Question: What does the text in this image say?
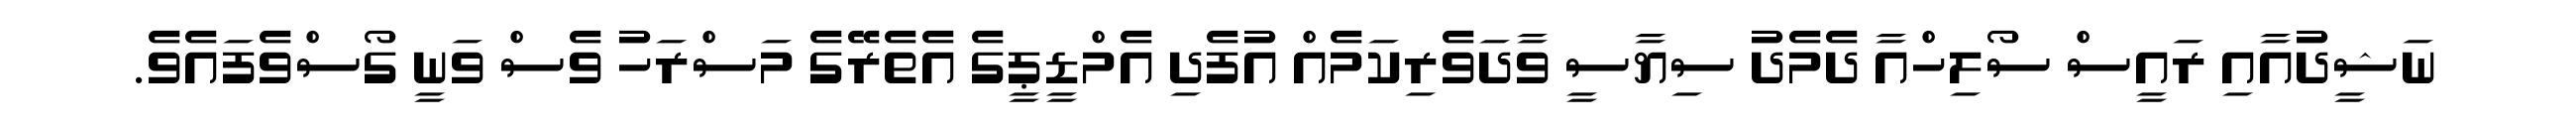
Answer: ނަޝީދުއާއި ރައީސް ސޯލިހްއާ ދެމެދު ސިޔާސީ ވާދަވެރިކަމެއް އުފެދި އެމްޑީޕީގެ އެތެރޭގެ މަސްރަހު ވެސް ވަނީ ގޯސްވެފައެވެ.